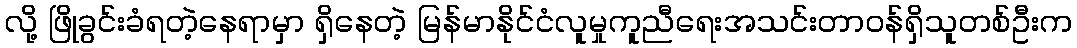
လို့ ဖြိုခွင်းခံရတဲ့နေရာမှာ ရှိနေတဲ့ မြန်မာနိုင်ငံလူမှုကူညီရေးအသင်းတာဝန်ရှိသူတစ်ဦးက